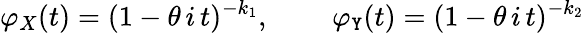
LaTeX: \varphi_{X}(t)=(1-\theta\, i\, t)^{-k_{1}},\, \qquad\varphi_{\mathtt{Y}}(t)=(1-\theta\, i\, t)^{-k_{2}}